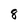
Character: 8